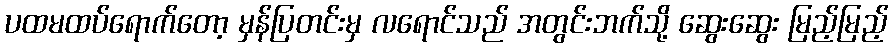
ပထမထပ်ရောက်တော့ မှန်ပြတင်းမှ လရောင်သည် အတွင်းဘက်သို့ ဆွေးဆွေး မြည့်မြည့်